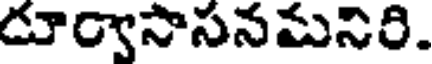
దూర్వాసాసనమనిరి.